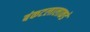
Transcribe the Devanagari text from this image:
बंकटलालाकडे